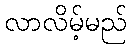
လာလိမ့်မည်